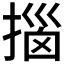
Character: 𫽨